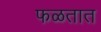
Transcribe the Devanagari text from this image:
फळतात